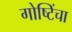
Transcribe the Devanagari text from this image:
गोष्टिंचा